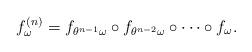
LaTeX: \begin{align*}f^{(n)} _\omega =f _{\theta^{n-1}\omega } \circ f _{\theta^{n-2}\omega }\circ\cdots\circ f _\omega.\end{align*}